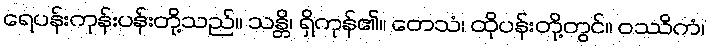
ရေပန်းကုန်းပန်းတို့သည်။ သန္တိ၊ ရှိကုန်၏။ တေသံ၊ ထိုပန်းတို့တွင်။ ဝဿိကံ၊